Annual report of the Imperial Bacteriological Laboratory, Muktesar
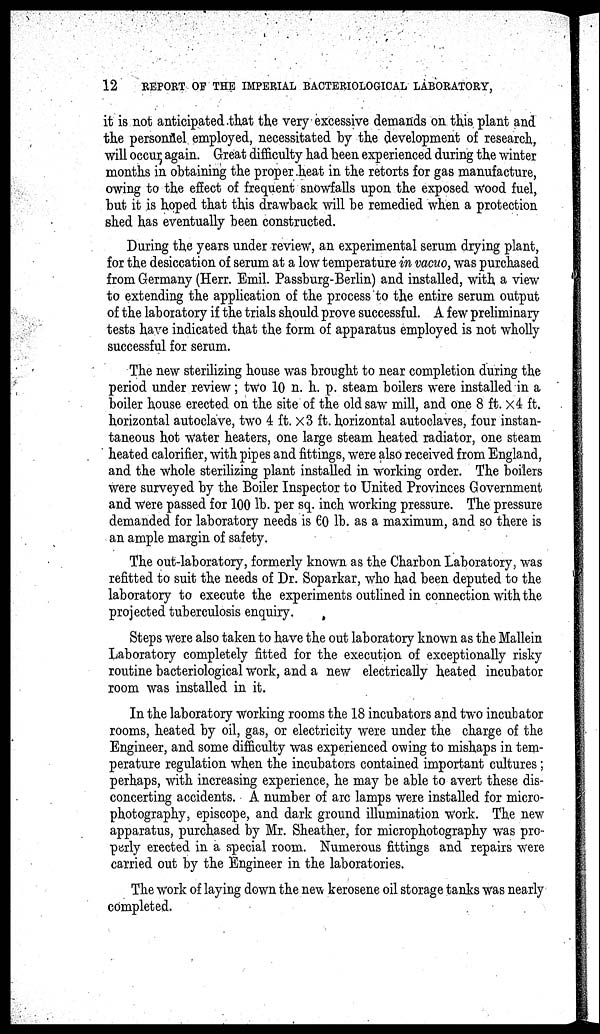
12
REPORT OF THE IMPERIAL BACTERIOLOGICAL LABORATORY,
it is not anticipated that the very excessive demands on this plant and
the personnel employed, necessitated by the development of research,
will occur again. Great difficulty had been experienced during the winter
months in obtaining the proper heat in the retorts for gas manufacture,
owing to the effect of frequent snowfalls upon the exposed wood fuel,
but it is hoped that this drawback will be remedied when a protection
shed has eventually been constructed.
During the years under review, an experimental serum drying plant,
for the desiccation of serum at a low temperature in vacuo, was purchased
from Germany (Herr. Emil. Passburg-Berlin) and installed, with a view
to extending the application of the process to the entire serum output
of the laboratory if the trials should prove successful. A few preliminary
tests have indicated that the form of apparatus employed is not wholly
successful for serum.
The new sterilizing house was brought to near completion during the
period under review; two 10 n. h. p. steam boilers were installed in a
boiler house erected on the site of the old saw mill, and one 8 ft. x4 ft.
horizontal autoclave, two 4 ft. × 3 ft. horizontal autoclaves, four instan-
taneous hot water heaters, one large steam heated radiator, one steam
heated calorifier, with pipes and fittings, were also received from England,
and the whole sterilizing plant installed in working order. The boilers
were surveyed by the Boiler Inspector to United Provinces Government
and were passed for 100 lb. per sq. inch working pressure. The pressure
demanded for laboratory needs is 60 lb. as a maximum, and so there is
an ample margin of safety.
The out-laboratory, formerly known as the Charbon Laboratory, was
refitted to suit the needs of Dr. Soparkar, who had been deputed to the
laboratory to execute the experiments outlined in connection with the
projected tuberculosis enquiry.
Steps were also taken to have the out laboratory known as the Mallein
Laboratory completely fitted for the execution of exceptionally risky
routine bacteriological work, and a new electrically heated incubator
room was installed in it.
In the laboratory working rooms the 18 incubators and two incubator
rooms, heated by oil, gas, or electricity were under the charge of the
Engineer, and some difficulty was experienced owing to mishaps in tem-
perature regulation when the incubators contained important cultures;
perhaps, with increasing experience, he may be able to avert these dis-
concerting accidents. A number of arc lamps were installed for micro-
photography, episcope, and dark ground illumination work. The new
apparatus, purchased by Mr. Sheather, for microphotography was pro-
perly erected in a special room. Numerous fittings and repairs were
carried out by the Engineer in the laboratories.
The work of laying down the new kerosene oil storage tanks was nearly
completed.